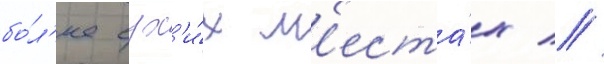
бо́л'ее сух'и́х м'еста́х //